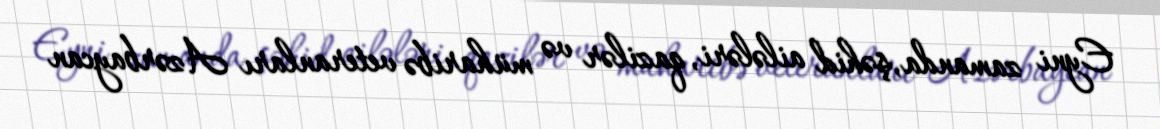
Eyni zamanda, şəhid ailələri, qazilər və müharibə veteranları Azərbaycan